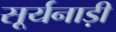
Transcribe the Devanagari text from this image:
सूर्यनाड़ी